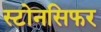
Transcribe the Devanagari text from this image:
स्टोनसिफर